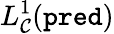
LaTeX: L_{\mathcal{C}}^{1}(\texttt{{pred}})